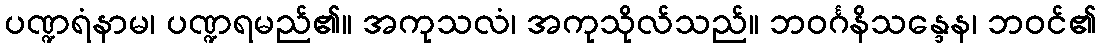
ပဏ္ဍရံနာမ၊ ပဏ္ဍရမည်၏။ အကုသလံ၊ အကုသိုလ်သည်။ ဘဝင်္ဂနိသန္ဒေန၊ ဘဝင်၏